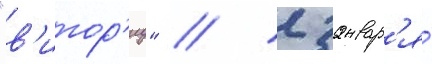
"в'итор'иу" // 2 январ'я́